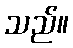
သည်။